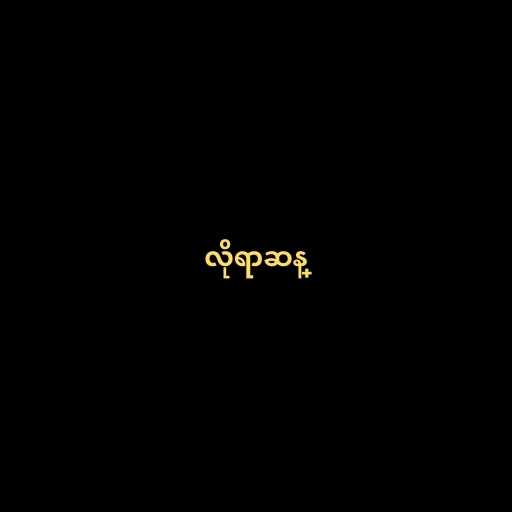
လိုရာဆန္